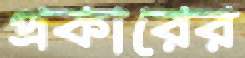
প্রকারের